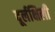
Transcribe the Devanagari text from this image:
दूर्लक्षिली